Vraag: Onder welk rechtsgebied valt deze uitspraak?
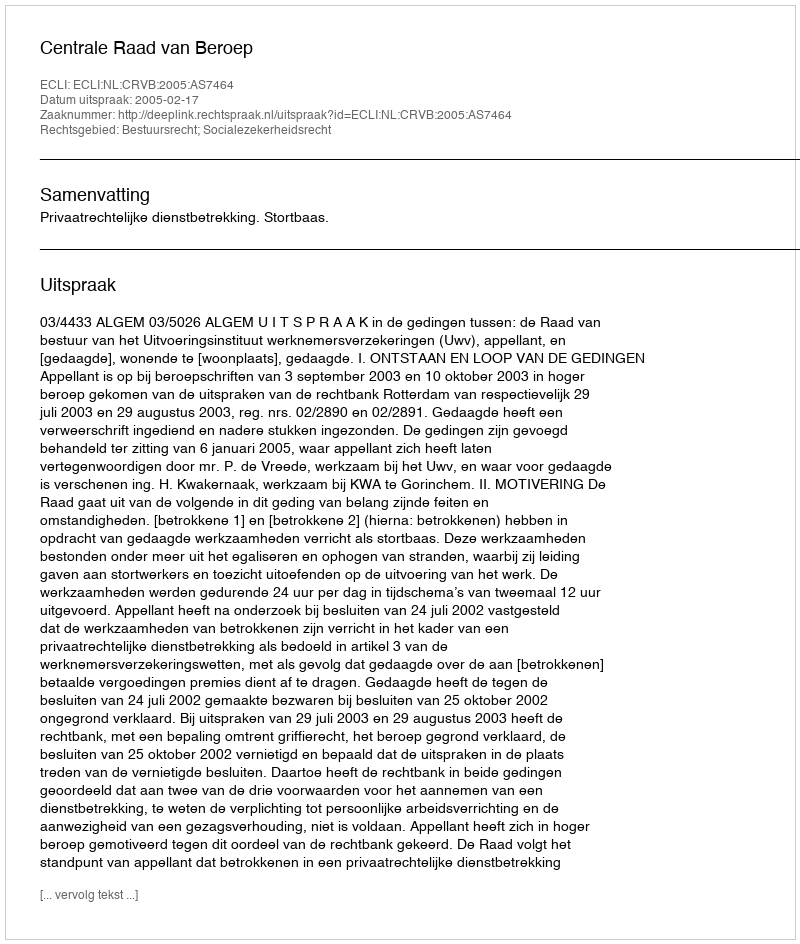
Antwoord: Bestuursrecht; Socialezekerheidsrecht